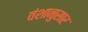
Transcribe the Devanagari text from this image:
वंशानुसार